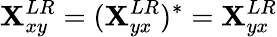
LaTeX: \mathbf{X}_{xy}^{LR}=(\mathbf{X}_{yx}^{LR})^{*}=\mathbf{X}_{yx}^{LR}